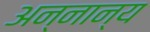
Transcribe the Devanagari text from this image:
अन्नान्य